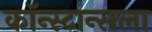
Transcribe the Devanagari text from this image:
कॉन्स्टान्सला